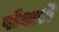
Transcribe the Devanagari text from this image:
पोवारी